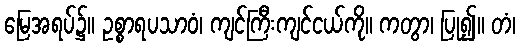
မြေအရပ်၌။ ဥစ္စာရပသာဝံ၊ ကျင်ကြီးကျင်ငယ်ကို။ ကတွာ၊ ပြု၍။ တံ၊